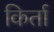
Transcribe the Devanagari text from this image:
किर्ता